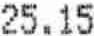
25.15